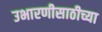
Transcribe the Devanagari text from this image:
उभारणीसाठीच्या